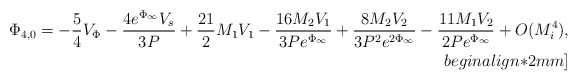
\begin{align*}\Phi_{4,0}=-\frac{5}{4}V_{\Phi}-\frac{4 e^{\Phi_{\infty}}V_s}{3 P}+\frac{21}{2} M_1 V_1-\frac{16 M_2 V_1}{3 P e^{\Phi_{\infty}}} +\frac{8 M_2 V_2}{3 P^2 e^{2 \Phi_{\infty}}} -\frac{11 M_1 V_2}{2 P e^{\Phi_{\infty}}} + O(M_i^4),\\begin{align*}2mm]\end{align*}